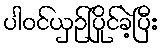
ပါဝင်ယှဉ်ပြိုင်ခဲ့ပြီး